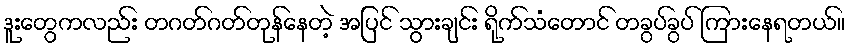
ဒူးတွေကလည်း တဂတ်ဂတ်တုန်နေတဲ့ အပြင် သွားချင်း ရိုက်သံတောင် တခွပ်ခွပ် ကြားနေရတယ်။